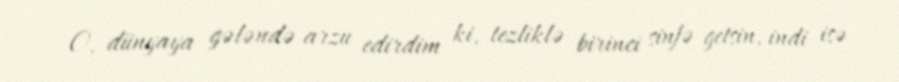
O, dünyaya gələndə arzu edirdim ki, tezliklə birinci sinfə getsin, indi isə